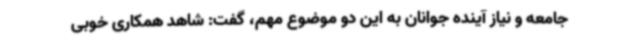
جامعه و نیاز آینده جوانان به این دو موضوع مهم، گفت: شاهد همکاری خوبی